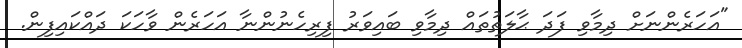
"އަހަރެންނަށް ދިމާވި ފަދަ ޙާލަތުތައް ދިމާވި ބައިވަރު ފިރިހެނުންނާ އަހަރެން ވާހަކަ ދައްކައިފިން.